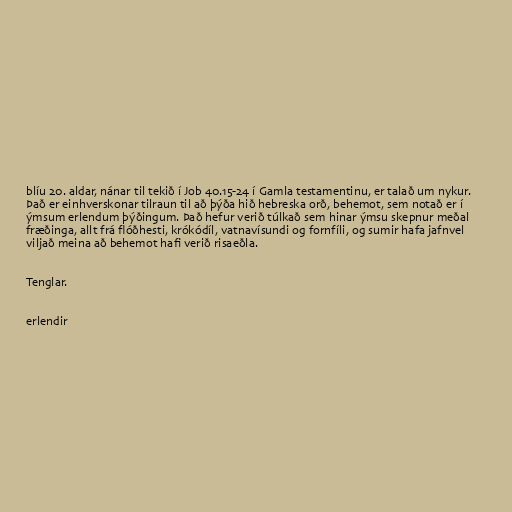
blíu 20. aldar, nánar til tekið í Job 40.15-24 í Gamla testamentinu, er talað um nykur.
Það er einhverskonar tilraun til að þýða hið hebreska orð, behemot, sem notað er í
ýmsum erlendum þýðingum. Það hefur verið túlkað sem hinar ýmsu skepnur meðal
fræðinga, allt frá flóðhesti, krókódíl, vatnavísundi og fornfíli, og sumir hafa jafnvel
viljað meina að behemot hafi verið risaeðla.

Tenglar.

erlendir